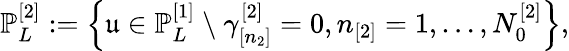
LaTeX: \mathbb{P}_{L}^{[2]}:=\left\{ \mathfrak{u}\in\mathbb{P}_{L}^{[1]}\ \backslash\ \gamma_{[n_{2}]}^{[2]}=0,n_{[2]}=1,\dots,N_{0}^{[2]}\right\} ,